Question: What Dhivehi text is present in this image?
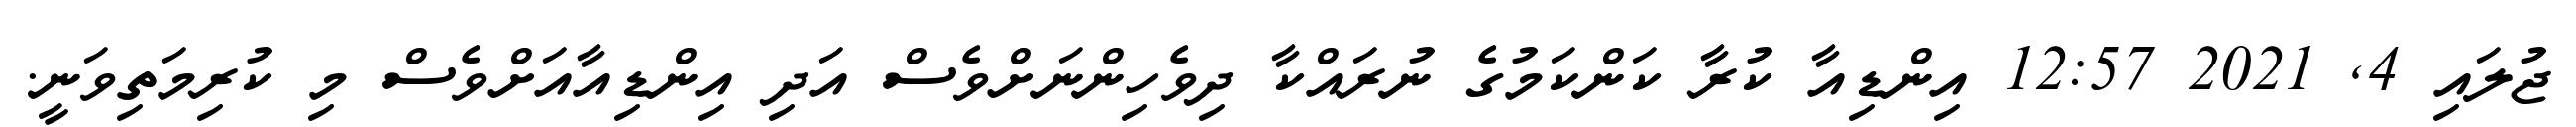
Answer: ޖުލައި 4, 2021 12:57 އިންޑިއާ ކުރާ ކަންކަމުގެ ނުރައްކާ ދިވެހިންނަށްވެސް އަދި އިންޑިއާއަށްވެސް މި ކުރިމަތިވަނީ.